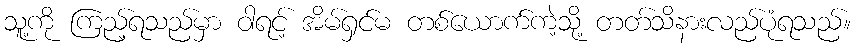
သူ့ကို ကြည့်ရသည်မှာ ဝါရင့် အိမ်ရှင်မ တစ်ယောက်ကဲ့သို့ တတ်သိနားလည်ပုံရသည်။